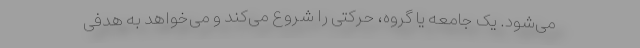
می‌شود. یک جامعه یا گروه، حرکتی را شروع می‌کند و می‌خواهد به هدفی